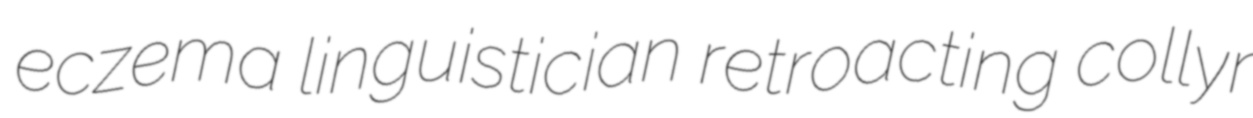
eczema linguistician retroacting collyr